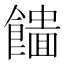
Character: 𩞮